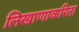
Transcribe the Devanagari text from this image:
लिखाणाकरिता